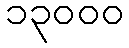
၁၃၀၀၀